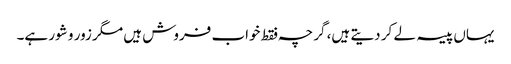
یہاں پیسہ لے کر دیتے ہیں، گرچہ فقط خواب فروش ہیں مگر زور و شور ہے۔